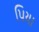
પિયા